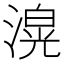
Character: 𭲄